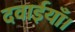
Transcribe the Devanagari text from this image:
दवाईयाँ।